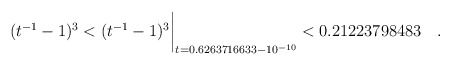
\begin{align*} (t^{-1}-1)^3 < (t^{-1}-1)^3\biggr\rvert_{t=0.6263716633 - 10^{-10}} < 0.21223798483\quad . \end{align*}